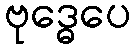
ဗုဒ္ဓေပေ